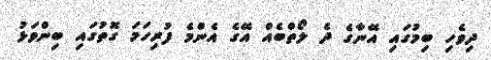
ދިވެހި ބިމުގައި އޭނާގެ ދެ ލޯތްބެއް އޭގެ އެންމެ ފުރިހަމަ ގޮތުގައި ބިންވަޅު